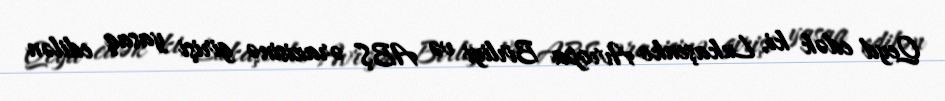
Qeyd edək ki, Lukaşenko Avropa Birliyi və ABŞ ərazisinə girişi yasaq edilən